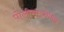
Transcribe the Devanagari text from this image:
पोलीसाइथेमिक